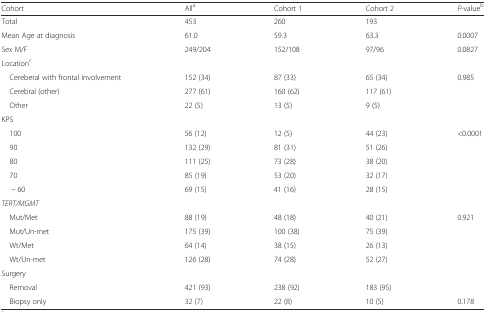
<table><thead><tr><td><b>Cohort</b></td><td><b>All<sup>a</sup></b></td><td><b>Cohort 1</b></td><td><b>Cohort 2</b></td><td><b><i>P</i>-value<sup>b</sup></b></td></tr></thead><tbody><tr><td>Total</td><td>453</td><td>260</td><td>193</td><td></td></tr><tr><td>Mean Age at diagnosis</td><td>61.0</td><td>59.3</td><td>63.3</td><td>0.0007</td></tr><tr><td>Sex M/F</td><td>249/204</td><td>152/108</td><td>97/96</td><td>0.0827</td></tr><tr><td colspan="5">Location<sup>c</sup></td></tr><tr><td> Cereberal with frontal involvement</td><td>152 (34)</td><td>87 (33)</td><td>65 (34)</td><td rowspan="3">0.985</td></tr><tr><td> Cerebral (other)</td><td>277 (61)</td><td>160 (62)</td><td>117 (61)</td></tr><tr><td> Other</td><td>22 (5)</td><td>13 (5)</td><td>9 (5)</td></tr><tr><td colspan="5">KPS</td></tr><tr><td> 100</td><td>56 (12)</td><td>12 (5)</td><td>44 (23)</td><td rowspan="5">&lt;0.0001</td></tr><tr><td> 90</td><td>132 (29)</td><td>81 (31)</td><td>51 (26)</td></tr><tr><td> 80</td><td>111 (25)</td><td>73 (28)</td><td>38 (20)</td></tr><tr><td> 70</td><td>85 (19)</td><td>53 (20)</td><td>32 (17)</td></tr><tr><td>− 60</td><td>69 (15)</td><td>41 (16)</td><td>28 (15)</td></tr><tr><td colspan="5"><i>TERT/MGMT</i></td></tr><tr><td> Mut/Met</td><td>88 (19)</td><td>48 (18)</td><td>40 (21)</td><td rowspan="4">0.921</td></tr><tr><td> Mut/Un-met</td><td>175 (39)</td><td>100 (38)</td><td>75 (39)</td></tr><tr><td> Wt/Met</td><td>64 (14)</td><td>38 (15)</td><td>26 (13)</td></tr><tr><td> Wt/Un-met</td><td>126 (28)</td><td>74 (28)</td><td>52 (27)</td></tr><tr><td colspan="5">Surgery</td></tr><tr><td> Removal</td><td>421 (93)</td><td>238 (92)</td><td>183 (95)</td><td></td></tr><tr><td> Biopsy only</td><td>32 (7)</td><td>22 (8)</td><td>10 (5)</td><td>0.178</td></tr></tbody></table>